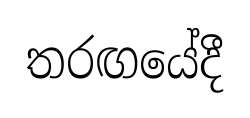
තරඟයේදී